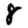
Digit: 8